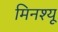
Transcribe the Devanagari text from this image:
मिनश्यू